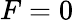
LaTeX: F=0